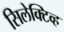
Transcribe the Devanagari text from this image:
सिलेक्टिव्ह